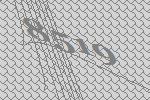
8519